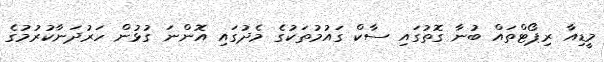
މީޑިއާ ރިޕޯޓްތައް ބުނާ ގޮތުގައި ސާކް ގައުމުތަކުގެ މެދުގައި އޮންނަ ގުޅުން ހަރުދަނާކުރުމުގެ